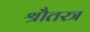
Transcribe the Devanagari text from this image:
श्रौतस्त्र